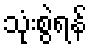
သုံးစွဲရန်